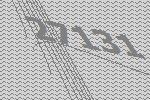
27131